Leaving Certificate Examination, 1922
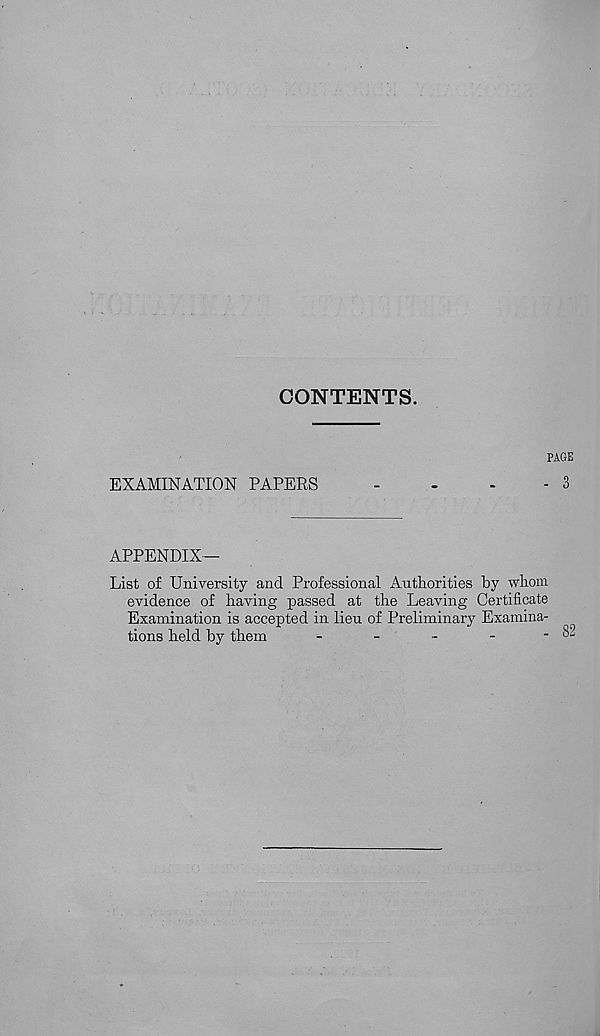
CONTENTS.
PAGE
EXAMINATION PAPERS
-
-
-
- 3
APPENDIX—
List of University and Professional Autliorities by whom
evidence of having passed at the Leaving Certificate
Examination is accepted in lieu of Preliminary Examina-
tions held by them